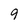
Character: 9